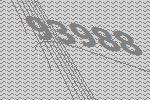
93988